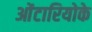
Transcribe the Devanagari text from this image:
ओंटारियोके